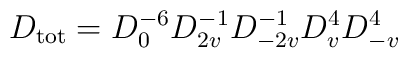
D_{\rm tot}=D_0^{-6} D_{2v}^{-1} D_{-2v}^{-1} D_v^4 D_{-v}^4